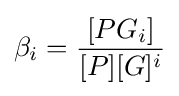
\beta _{i}={\frac {[PG_{i}]}{[P][G]^{i}}}